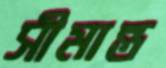
সীমান্ত